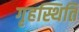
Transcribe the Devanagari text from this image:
गृहस्थिति